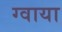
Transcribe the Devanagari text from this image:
ग्वाया